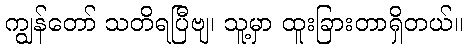
ကျွန်တော် သတိရပြီဗျ၊ သူ့မှာ ထူးခြားတာရှိတယ်။